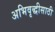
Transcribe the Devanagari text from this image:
अभिवृद्धीसाठी